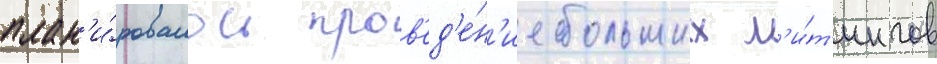
план'и́ровалось пров'ед'е́н'ие больших м'и́т'ингов